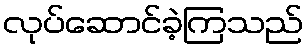
လုပ်ဆောင်ခဲ့ကြသည်